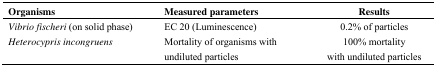
<table><thead><tr><td><b>Organisms</b></td><td><b>Measured parameters</b></td><td><b>Results</b></td></tr></thead><tbody><tr><td><i>Vibrio fischeri</i> (on solid phase)</td><td>EC 20 (Luminescence)</td><td>0.2% of particles </td></tr><tr><td><i>Heterocypris incongruens</i></td><td>Mortality of organisms with undiluted particles </td><td>100% mortality with undiluted particles</td></tr></tbody></table>